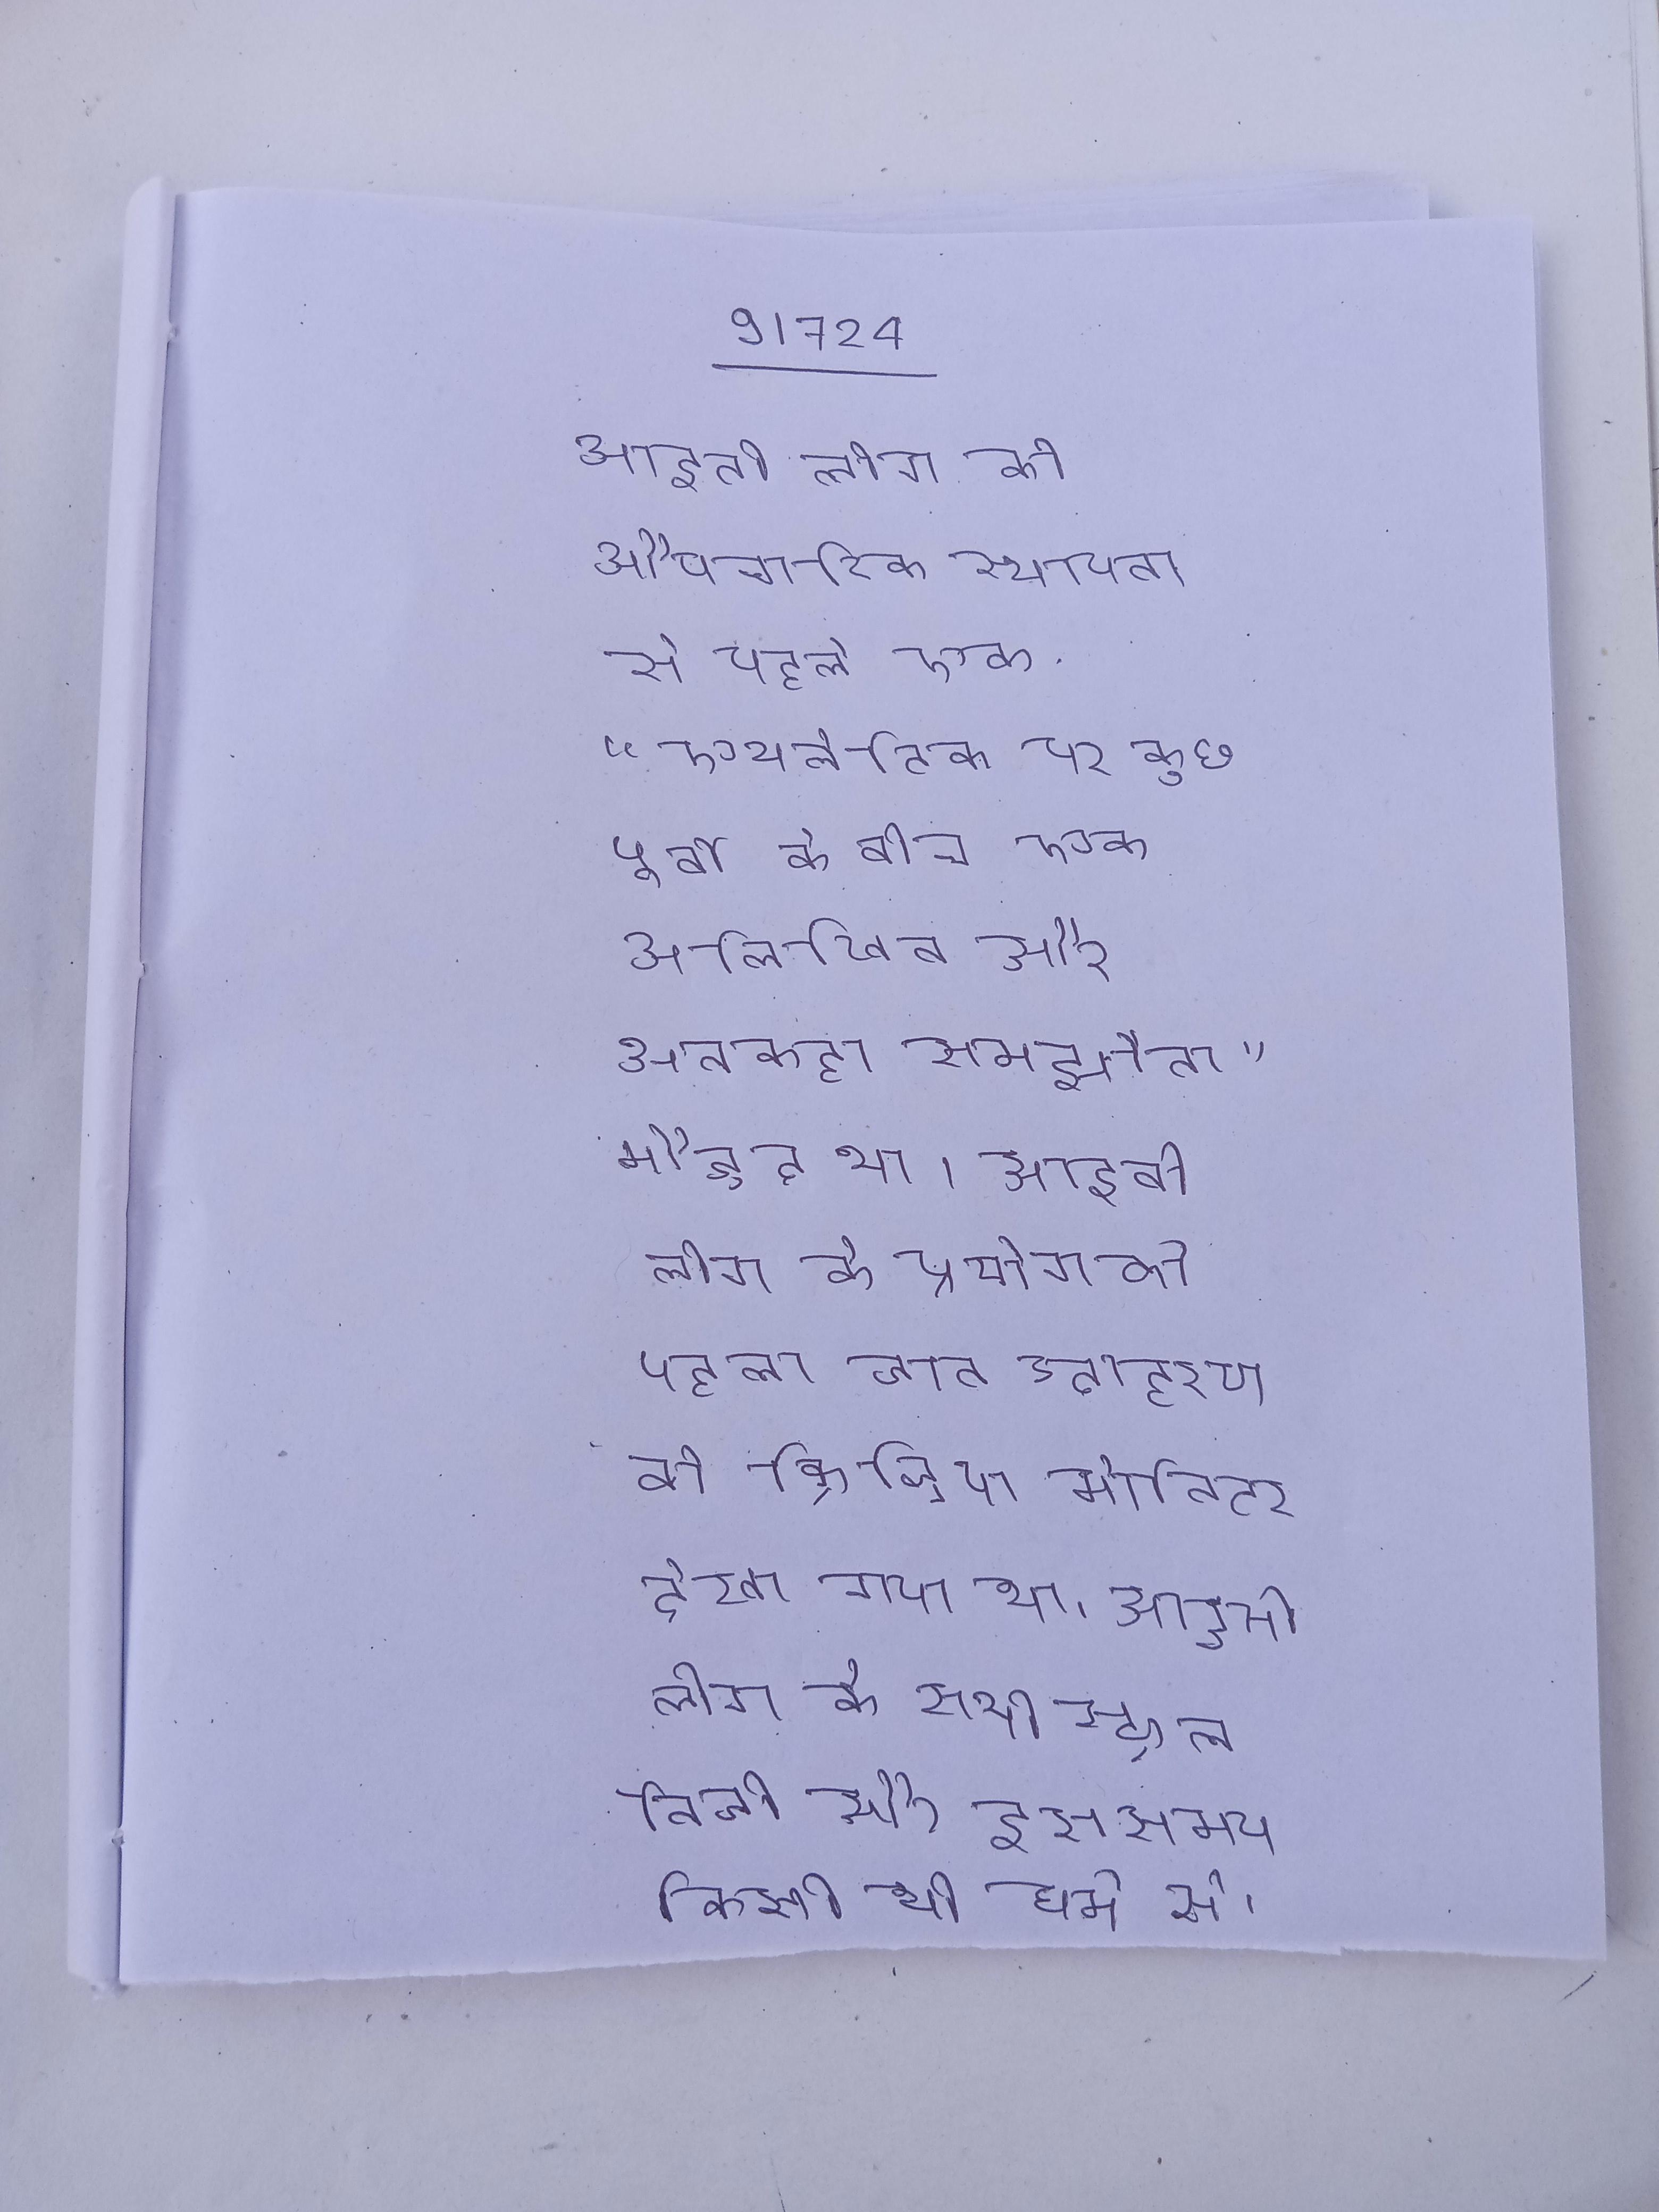
आइवी लीग की औपचारिक स्थापना से पहले, एक "एथलेटिक पर कुछ पूर्वी के बीच एक अलिखित और अनकहा समझौता" मौजूद था । आइवी लीग के प्रयोग का पहला ज्ञात उदाहरण को क्रिश्चियन मॉनिटर देखा गया था । आइवी लीग के सभी स्कूल निजी और इस समय किसी भी धर्म से ।